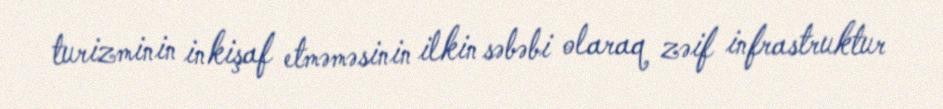
turizminin inkişaf etməməsinin ilkin səbəbi olaraq zəif infrastruktur